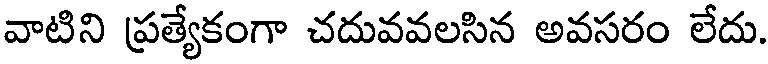
వాటిని ప్రత్యేకంగా చదువవలసిన అవసరం లేదు.